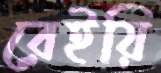
রেইয়ি